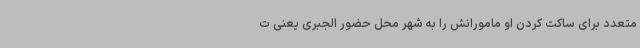
متعدد برای ساکت کردن او مامورانش را به شهر محل حضور الجبری یعنی ت